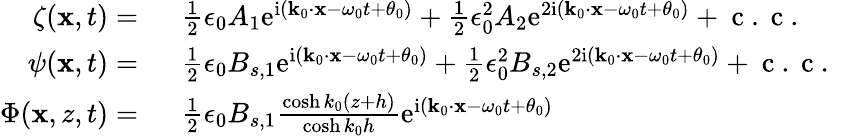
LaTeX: \begin{array}{rl}{\zeta(\mathbf{x},t)=~}&{{}\frac{1}{2}\epsilon_{0}A_{1}\mathrm{e}^{\mathrm{i}(\mathbf{k}_{0}\cdot\mathbf{x}-\omega_{0}t+\theta_{0})}+\frac{1}{2}\epsilon_{0}^{2}A_{2}\mathrm{e}^{2\mathrm{i}(\mathbf{k}_{0}\cdot\mathbf{x}-\omega_{0}t+\theta_{0})}+\mathrm{~c~.~c~.~}}\\ {\psi(\mathbf{x},t)=~}&{{}\frac{1}{2}\epsilon_{0}B_{s,1}\mathrm{e}^{\mathrm{i}(\mathbf{k}_{0}\cdot\mathbf{x}-\omega_{0}t+\theta_{0})}+\frac{1}{2}\epsilon_{0}^{2}B_{s,2}\mathrm{e}^{2\mathrm{i}(\mathbf{k}_{0}\cdot\mathbf{x}-\omega_{0}t+\theta_{0})}+\mathrm{~c~.~c~.~}}\\ {\Phi(\mathbf{x},z,t)=~}&{{}\frac{1}{2}\epsilon_{0}B_{s,1}\frac{\cosh k_{0}(z+h)}{\cosh k_{0}h}\mathrm{e}^{\mathrm{i}(\mathbf{k}_{0}\cdot\mathbf{x}-\omega_{0}t+\theta_{0})}}\end{array}